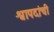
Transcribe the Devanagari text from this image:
श्वापदांची